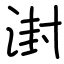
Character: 湗